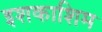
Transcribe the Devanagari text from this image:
इशकाशिम